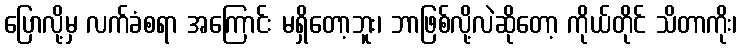
ပြောလို့မှ လက်ခံစရာ အကြောင်း မရှိတော့ဘူး၊ ဘာဖြစ်လို့လဲဆိုတော့ ကိုယ်တိုင် သိတာကိုး၊